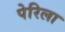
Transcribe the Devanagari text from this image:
पेरिला